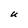
Character: U